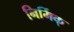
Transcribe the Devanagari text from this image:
निर्मिक्